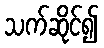
သက်ဆိုင်၍